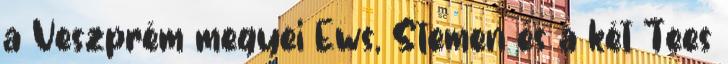
a Veszprém megyei Ews, Stemen és a két Tees